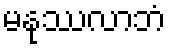
မနုဿလာဘံ